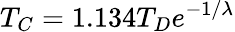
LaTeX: T_{C}=1.134T_{D}e^{-1/\lambda}